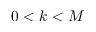
0 < k < M